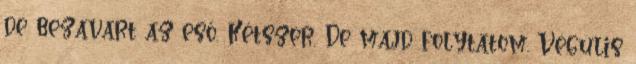
de bezavart az eső. Kétszer. De majd folytatom. Végülis